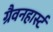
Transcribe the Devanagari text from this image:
ग्रैवनहार्स्ट